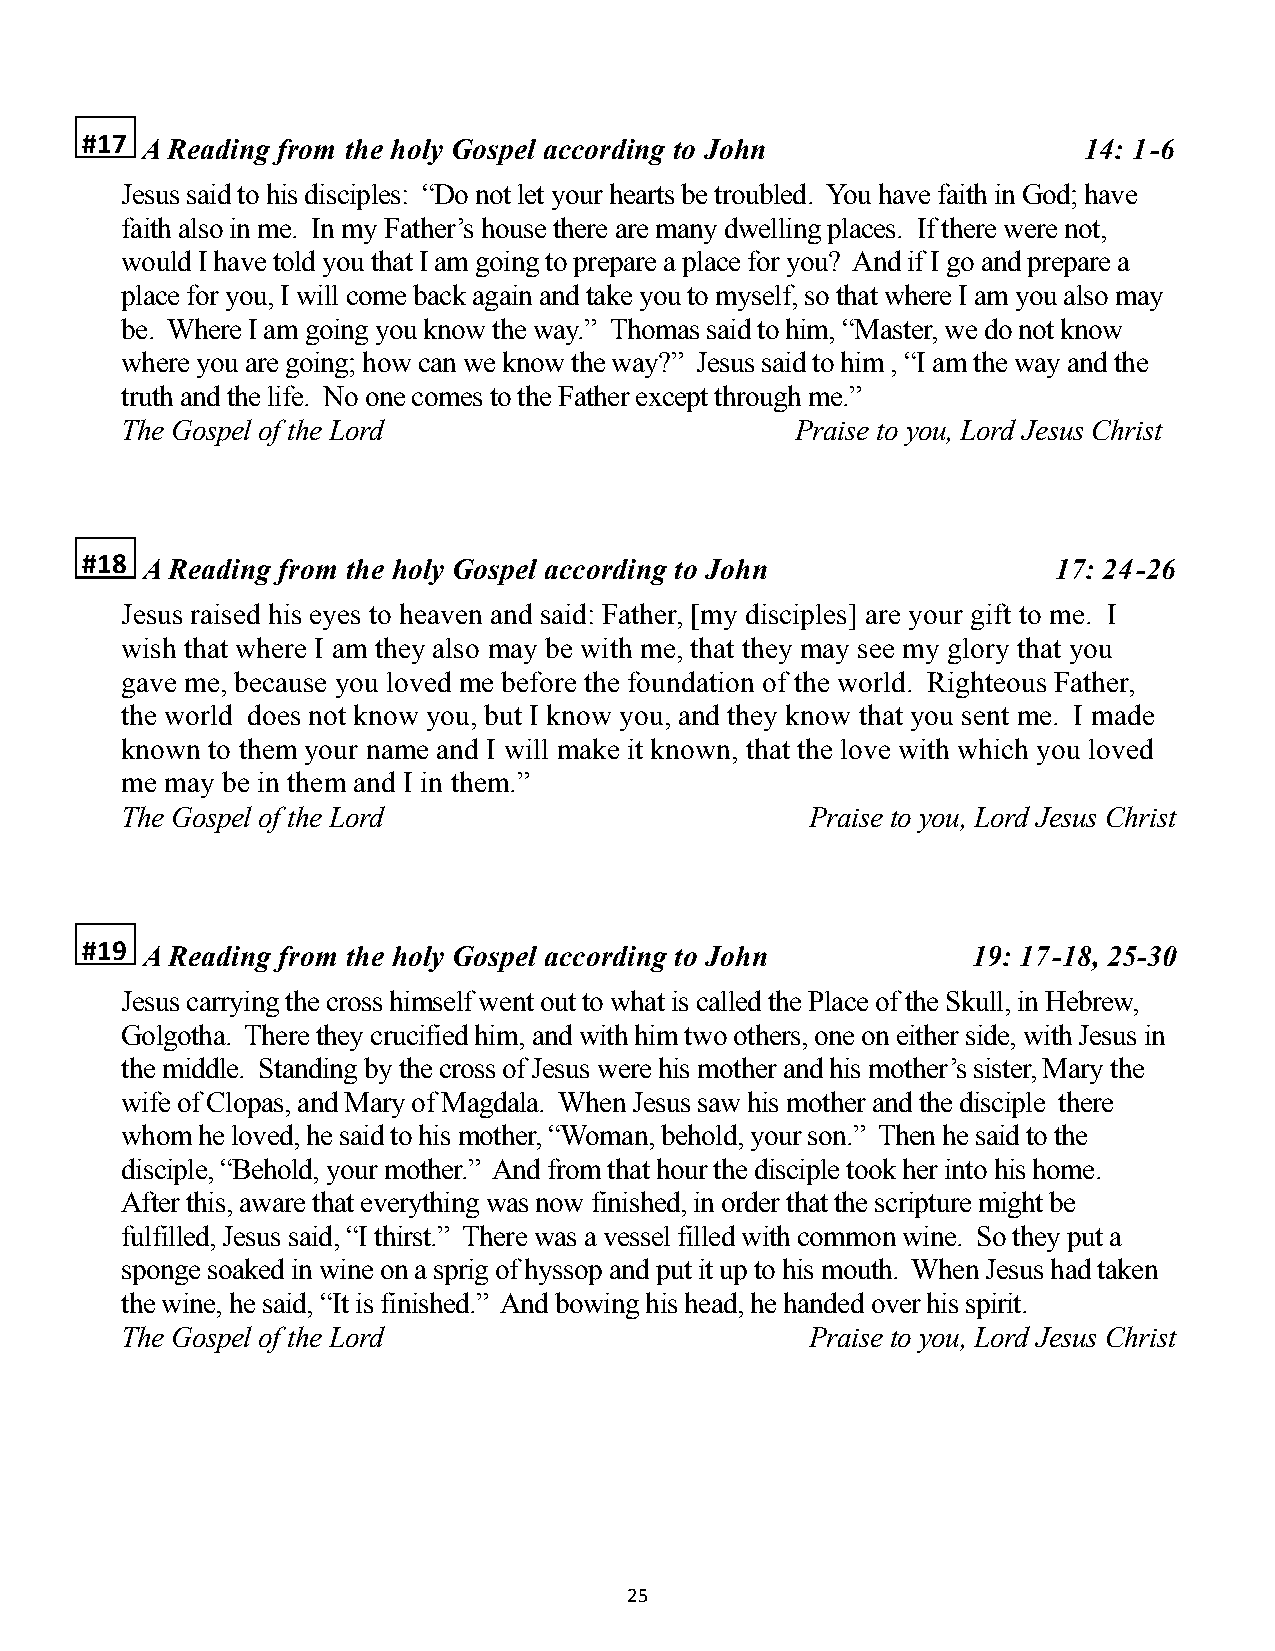
#17 A Reading from the holy Gospel according to John               14: 1-6
 Jesus said to his disciples: “Do not let your hearts be troubled. You have faith in God; have
 faith also in me. In my Father’s house there are many dwelling places. If there were not,
 would I have told you that I am going to prepare a place for you? And if I go and prepare a
 place for you, I will come back again and take you to myself, so that where I am you also may
 be. Where I am going you know the way.” Thomas said to him, “Master, we do not know
 where you are going; how can we know the way?” Jesus said to him , “I am the way and the
 truth and the life. No one comes to the Father except through me.”
 The Gospel of the Lord                       Praise to you, Lord Jesus Christ
 #18 A Reading from the holy Gospel according to John             17: 24-26
 Jesus raised his eyes to heaven and said: Father, [my disciples] are your gift to me. I
 wish that where I am they also may be with me, that they may see my glory that you
 gave me, because you loved me before the foundation of the world. Righteous Father,
 the world does not know you, but I know you, and they know that you sent me. I made
 known to them your name and I will make it known, that the love with which you loved
 me may be in them and I in them.”
 The Gospel of the Lord                        Praise to you, Lord Jesus Christ
 #19 A Reading from the holy Gospel according to John       19: 17-18, 25-30
 Jesus carrying the cross himself went out to what is called the Place of the Skull, in Hebrew,
 Golgotha. There they crucified him, and with him two others, one on either side, with Jesus in
 the middle. Standing by the cross of Jesus were his mother and his mother’s sister, Mary the
 wife of Clopas, and Mary of Magdala. When Jesus saw his mother and the disciple there
 whom he loved, he said to his mother, “Woman, behold, your son.” Then he said to the
 disciple, “Behold, your mother.” And from that hour the disciple took her into his home.
 After this, aware that everything was now finished, in order that the scripture might be
 fulfilled, Jesus said, “I thirst.” There was a vessel filled with common wine. So they put a
 sponge soaked in wine on a sprig of hyssop and put it up to his mouth. When Jesus had taken
 the wine, he said, “It is finished.” And bowing his head, he handed over his spirit.
 The Gospel of the Lord                        Praise to you, Lord Jesus Christ
 25